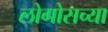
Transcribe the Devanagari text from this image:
लोगोसच्या